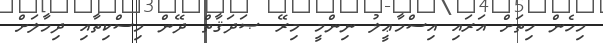
މިހެން ހިތަށް އަރައި އިސްމާޢީލު ނިންމީ މިރޭ ޞަދަޤާތް ދޭން މިސްކިތާއި ދިމާލަށް